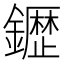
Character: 𮣙